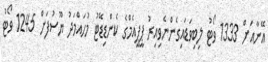
އޭނާއަށް 1333 ވޯޓު ލިބިވަޑައިގެންނެވިއިރު ޕީޕީއެމްގެ ކެންޑިޑޭޓު މުހައްމަދު ޔޫސުފަށް 1245 ވޯޓު